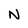
Character: N